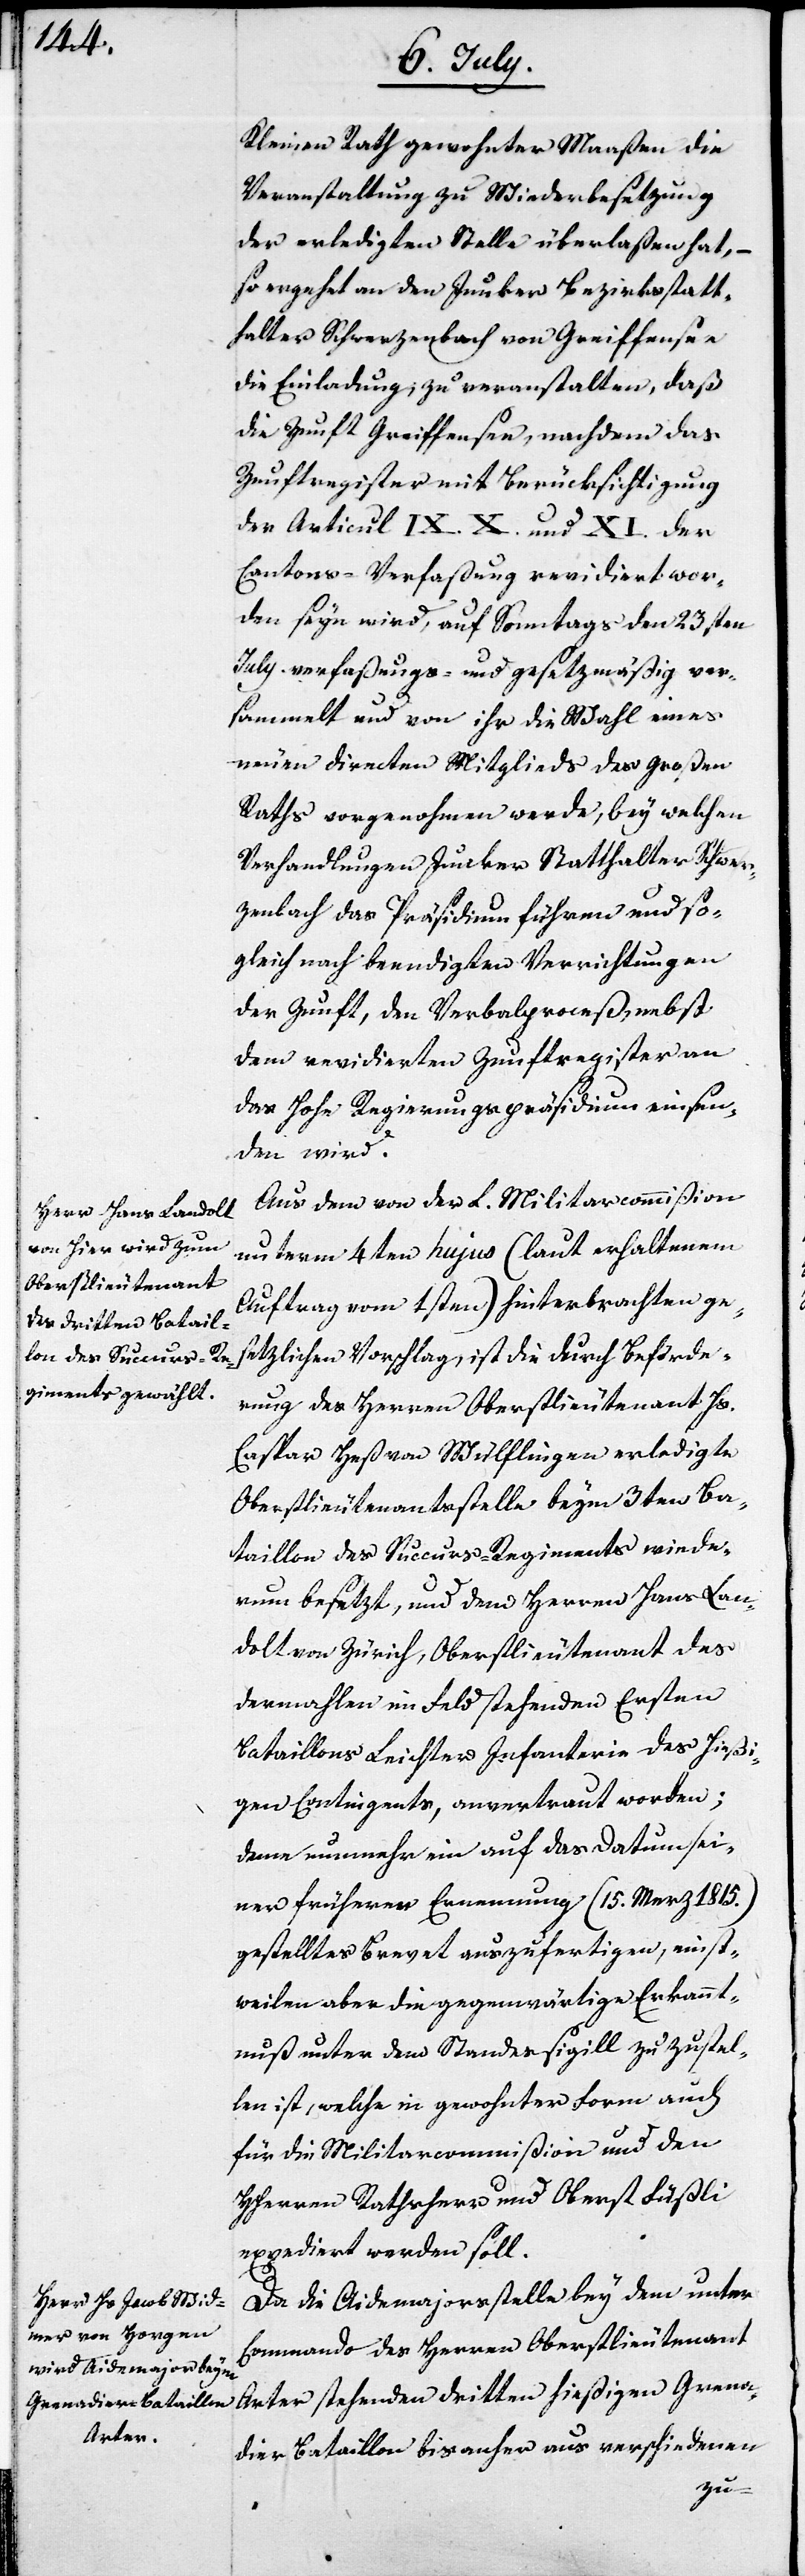
Kleinen Rath gewohnter Maaßen die
Veranstaltung zu Wiederbesetzung
der erledigten Stelle überlaßen hat, –
so ergeht an den Junker Bezirksstatt¬
halter Schwerzenbach von Greiffensee
die Einladung, zu veranstalten, daß
die Zunft Greiffensee, nachdem das
Zunftregister mit Berücksichtigung
der Articul IX.[,] X. und XI. der
Cantons-Verfaßung revidiert wor¬
den seyn wird, auf Sonntags den 23sten
July. verfaßungs- und gesetzmäßig ver¬
sammelt und von ihr die Wahl eines
neuen directen Mitglieds des Großen
Raths vorgenohmen werde, bey welchen
Verhandlungen Junker Statthalter Schwer¬
zenbach das Präsidium führen und so¬
gleich nach beendigten Verrichtungen
der Zunft, den Verbalproceß, nebst
dem revidierten Zunftregister an
das Hohe Regierungspräsidium einsen¬
den wird.
Aus dem von der L. Militarcommißion
unterm 4ten hujus (laut erhaltenem
Auftrag vom 1sten) hinterbrachten ge¬
setzlichen Vorschlag, ist die durch Beförde¬
rung des Herren Oberstlieutenant Hs.
Caspar Heß von Wülflingen erledigte
Oberstlieutenantstelle beym 3ten Ba¬
taillon des Succurs-Regiments wiede¬
rum besetzt, und dem Herren Hans Lan¬
dolt von Zürich, Oberstlieutenant des
dermahlen im Feld stehenden Ersten
Bataillons Leichter Infanterie des hießi¬
gen Contingents, anvertraut worden;
dem nunmehr ein auf das Datum sei¬
ner früheren Ernennung (15. Merz 1815.)
gestelltes Brevet auszufertigen, einst¬
weilen aber die gegenwärtige Erkannt¬
nuß unter dem Standessigill zuzustel¬
len ist, welche in gewohnter Form auch
für die Militarcommißion und den
HHerren Rathsherr und Oberst Füßli
expediert werden soll.
Da die Aidemajorsstelle bey dem unter
Commando des Herren Oberstlieutenant
Arter stehenden dritten hießigen Grena¬
dier-Bataillon bis anher aus verschiedenen